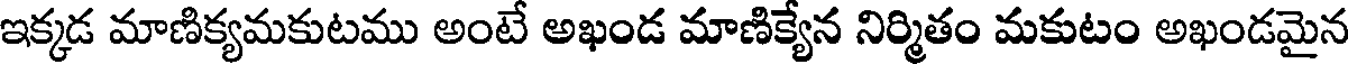
ఇక్కడ మాణిక్యమకుటము అంటే అఖండ మాణిక్యేన నిర్మితం మకుటం అఖండమైన